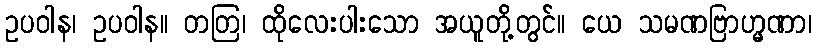
ဥပဝါန၊ ဥပဝါန။ တတြ၊ ထိုလေးပါးသော အယူတို့တွင်။ ယေ သမဏဗြာဟ္မဏာ၊